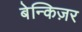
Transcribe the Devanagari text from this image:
बेन्किज़र